Indian journal of veterinary science and animal husbandry - Volume 7,
Year: 1937
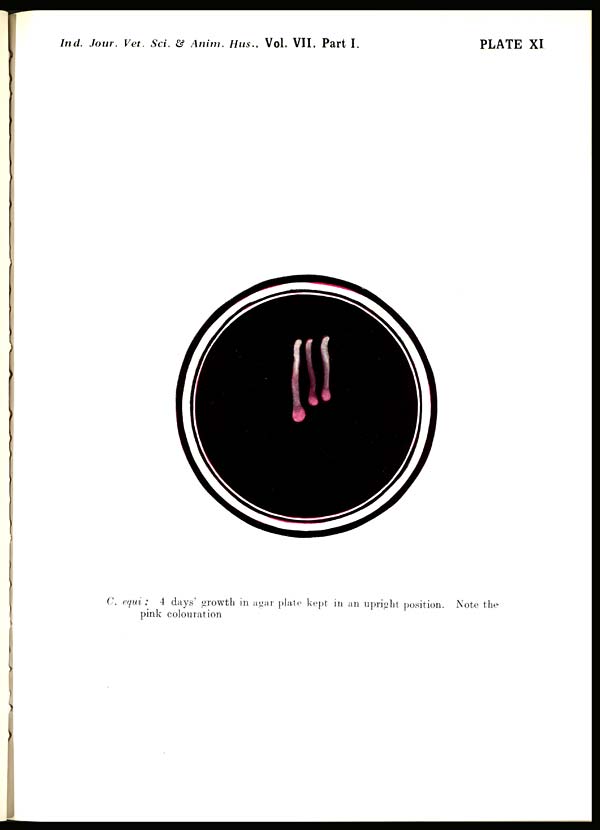
Ind. Jour. Vet. Sci. & Anim. Hus., Vol. VII, Part I.
PLATE XI
C. equi : 4 days' growth in agar plate kept in an upright position. Note the
pink colouration